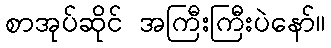
စာအုပ်ဆိုင် အကြီးကြီးပဲနော်။